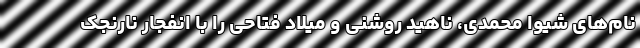
نام‌های شیوا محمدی، ناهید روشنی و میلاد فتاحی را با انفجار نارنجک